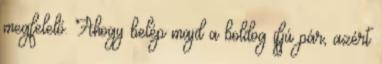
megfelelő. Ahogy belép majd a boldog ifjú pár, azért